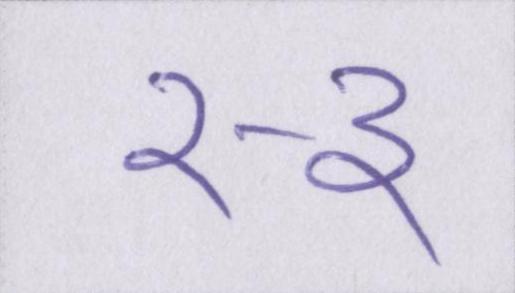
२-३